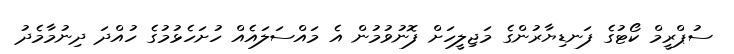
ސުޕްރީމް ކޯޓުގެ ފަނޑިޔާރުންގެ މަޖިލީހަށް ފޮނުވުމުން އެ މައްސަލައެއް ހުށަހެޅުމުގެ ހުއްދަ ދިނުމާމެދު